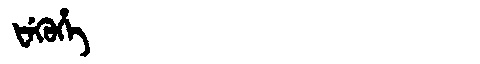
Manchu: ᡶᡝᡴᡠᡥᡝ
Romanization: FEKUHE